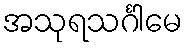
အသုရသင်္ဂါမေ